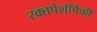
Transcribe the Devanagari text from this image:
रक्तपेशींपैकी